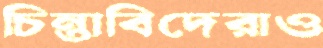
চিন্তাবিদেরাও